Report on vaccination in Madras 1877-1894 - 1877-1894
Year: 1877
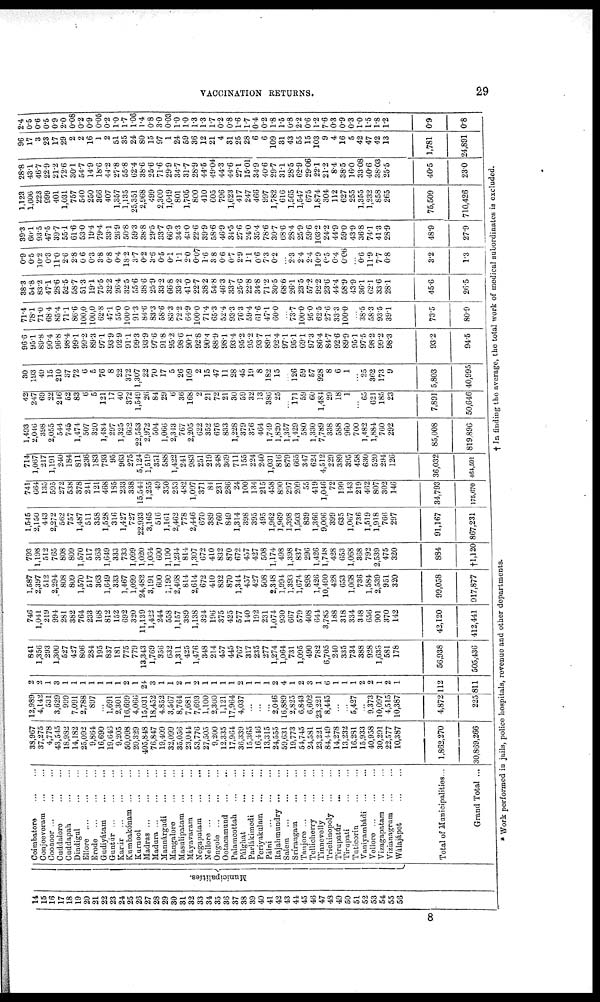
VACCINATION RETURNS.
29
14
15
16
17
18
19
20
21
22
23
24
25
26
27
28
29
30
31
32
33
34
35
36
37
38
39
40
41
42
43
44
45
46
47
48
49
50
51
52
53
54
55
56
Municipalities.
Coimbatore
...
...
Conjeeveram
...
...
Coonoor
...
...
...
Cuddalore
...
...
Cuddapah ... ...
Dindigul
...
...
Ellore
...
...
...
Erode
...
...
...
Gudiyátam
...
...
Guntúr
...
...
...
Karúr
...
...
...
Kumbakónam
...
...
Kurnool
...
...
Madras
...
...
...
Madura
...
...
...
Mannárgudi ... ...
Mangalore
...
...
Masulipatam ... ...
Máyavaram
...
...
Negapatam
...
...
Nellore
...
...
...
Ongole
...
...
...
Ootacamund
...
...
Palamcottah
...
...
Pálghat
...
...
Parlákimodi
...
...
Periyakulam
...
...
Pálni
...
...
...
Rajahmuudry
...
...
Salem
...
...
...
Srírangam
...
...
Tanjore ...
...
...
Tellicherry
...
...
Tinnevelly ... ...
Trichinopoly ... ...
Tirupatúr
...
...
Tirupati ... ...
Tuticorin ... ...
Vaniyambádi ... ...
Vellore
...
...
...
Vizagapatam
...
...
Vizianagrum ... ...
Wálajápet
...
...
Total of Municipalities...
Grand Total ...
38,967
37,275
4,778
43,545
18,982
14,182
25,092
9,864
16,690
19,646
9,205
50,098
20,329
405,848
76,847
19,409
32,099
35,056
23,044
53,776
27,505
9,200
12,335
17,964
36,339
15,365
16,446
13,315
24,555
59,631
19,773
54,745
24,581
23,221
84,449
14,278
13,232
16,281
15,933
40,958
30,291
22,577
10,387
1,862,270
30,869,266
12,989
4,142
531
3,629
999
7,091
2,788
897
...
1,691
2,301
16,699
4,066
15,031
18,452
4,852
3,567
8,764
7,681
7,693
1,100
2,300
1,121
17,964
4,037
...
...
...
2,046
16,889
2,825
6,843
6,602
23,221
8,445
...
...
5,427
...
9,373
10,097
4,515
10,387
4,872
225
2
2
1
3
1
1
1
1
1
1
1
2
1
24
3
1
1
2
1
2
1
1
1
1
2
1
1
1
2
4
1
2
3
1
6
1
1
1
2
2
1
2
1
112
811
841
1,356
293
1,300
527
427
806
284
195
837
181
775
779
13,343
1,769
356
632
1,311
425
1,476
348
214
457
445
767
317
235
277
1,274
1,064
731
1,095
490
782
6,705
240
335
734
388
928
1,638
581
178
56,938
505,436
746
1,041
219
994
281
382
764
233
168
812
152
692
320
11,139
1,422
244
558
1,157
389
1,138
324
196
375
425
577
140
192
231
1,074
930
667
579
408
644
3,785
188
318
334
348
656
901
370
142
42,120
412,441
1,587
2,397
512
2,294
808
809
1,570
517
363
1,649
333
1,467
1,099
24,482
3,191
600
1,190
2,468
814
2,614
672
410
832
870
1,344
457
427
508
2,348
1,994
1,393
1,674
898
1,426
10,490
428
653
1,068
736
1,584
2,539
951
320
99,058
917,877
793
1,198
512
765
808
809
1,570
517
363
1,649
333
733
1,099
1,020
1,064
600
1,190
1,234
814
1,307
672
410
832
870
672
457
427
508
1,174
498
1,398
837
296
1,426
1,748
428
653
1,068
368
792
2,539
475
320
884
†1,120
1,545
2,150
443
2,272
562
757
1,487
511
358
1,528
316
1,427
727
22,933
3,165
516
1,161
2,462
778
2,446
670
389
760
849
1,314
398
395
495
1,962
1,969
1,398
1,503
839
1,366
9,006
399
635
1,067
736
1,519
1,918
766
297
91,167
867,231
741
664
135
595
272
538
378
241
121
468
185
233
338
15,544
1,255
49
350
253
482
1,097
371
84
231
286
24
100
134
215
458
890
297
209
55
419
1,046
72
199
143
219
462
807
302
146
34,793
175,670
714
1,067
217
1,191
240
184
811
236
183
793
95
963
275
5,124
1,519
351
588
1,422
241
983
251
219
348
369
711
155
224
240
1,031
816
879
665
347
624
4,512
229
389
395
458
630
520
294
126
36,032
454,591
1,493
2,046
398
2,055
544
745
1,474
507
320
1,484
297
1,325
662
22,553
2,972
504
1,066
2,343
767
2,205
622
352
676
833
1,228
379
376
464
1,749
1,820
1,357
1,429
580
1,330
7,789
338
588
960
700
1,482
1,884
760
292
85,008
819,896
42
247
69
22
246
52
83
6
5
121
17
40
372
1,549
26
84
29
6
36
168
2
21
72
21
30
59
32
13
386
25
...
171
59
60
1,484
29
18
1
...
65
621
185
23
7,891
50,646
30
193
49
15
210
37
72
6
5
76
8
22
372
1,307
22
70
17
5
26
109
2
15
47
11
28
45
19
8
182
15
...
126
59
57
928
8
6
1
...
25
362
173
9
5,803
40,995
96.6
95.1
89.8
90.4
96.8
98.4
99.1
99.2
89.3
97.1
93.9
92.9
91.1
99.3
93.9
97.6
91.8
95.2
98.6
90.1
92.8
90.4
88.9
98.1
93.4
95.2
95.2
93.7
89.1
92.4
97.1
95.1
69.1
97.3
86.4
84.7
92.6
89.9
95.1
97.5
98.2
99.2
98.3
93.2
94.5
71.4
78.1
71.0
68.4
85.4
71.1
86.6
100,0
100,0
62.8
47.1
55.0
100.0
91.3
84.6
83.3
58.6
83.3
72.2
64.9
100.0
71.4
65.3
52.4
93.3
76.3
59.4
61.6
47.1
60.0
...
73.7
100.0
95.0
62.5
27.6
33.3
100.0
...
38.5
58.3
93.5
39.1
73.5
80.9
38.3
54.8
83.2
47.1
28.6
52.5
58.7
51.3
19.1
75.5
32.2
26.4
32.5
55.6
38.6
25.9
33.2
66.8
33.2
41.0
22.7
38.2
54.8
46.3
33.7
25.6
22.8
34.8
71.2
30.5
68.6
26.1
23.5
57.2
92.2
23.6
44.4
58.9
43.9
36.1
62.1
33.6
28.1
45.6
26.5
0.9
0.5
10.2
0.3
11.0
2.6
2.8
0.6
0.3
3.8
0.8
0.4
18.2
3.7
0.2
3.6
0.5
0.1
1.1
2.0
0.07
1.6
3.8
0.6
0.7
2.9
1.1
0.6
7.3
0.2
...
2.3
2.4
2.4
10.9
0.5
0.4
0.06
...
0.6
11.9
7.7
0.8
3.2
1.3
39.3
60.1
93.5
47.5
39.7
55.1
61.6
53.0
19.4
79.4
33.1
26.9
50.8
59.3
38.8
29.5
33.7
66.9
34.3
43.0
22.6
39.9
58.6
46.9
34.5
27.6
24.0
35.4
78.6
30.7
68.6
28.4
25.9
59.6
103.2
24.2
44.9
59.0
43.9
36.8
74.1
41.3
28.9
48.9
27.9
1,123
1,606
223
999
401
1,031
757
540
250
366
407
1,357
1,135
25,351
2,968
499
2,300
1,049
801
1,705
800
410
605
796
1,623
417
247
466
997
1,782
616
1,565
1,547
675
1,874
304
112
627
255
1,355
1,232
858
265
75,509
710,426
28.8
43.1
46.7
22.9
21.2
72.6
30.1
54.7
14.9
18.6
44.2
27.8
55.8
62.4
38.6
25.6
71.6
29.9
34.7
31.7
28.9
44.5
49.04
44.3
44.6
27.1
15.01
34.9
40.6
29.7
31.1
28.5
62.9
29.06
22.1
21.2
8.4
38.5
16.0
33.08
40.6
38.03
25.5
40.5
23.0
96
17
3
23
17
29
2
2
16
1
2
51
35
24
80
15
97
1
24
59
36
12
21
4
31
25
28
6
6
109
31
43
55
15
103
9
4
16
5
42
47
42
13
1,781
24,891
2.4
0.5
0.6
0.5
0.9
2.0
0.08
0.2
0.9
0.05
0.2
1.0
1.7
1.06
1.4
0.8
3.0
0.03
1.0
1.0
1.3
1.3
1.7
0.2
0.8
1.6
1.7
0.4
0.2
1.8
1.5
0.8
2.2
0.6
1.2
7.6
0.3
0.9
0.3
1.0
1.5
1.8
1.2
0.9
0.8
* Work performed in jails, police hospitals, revenue and other departments.
† In finding the average, the total work of medical subordinates is excluded.
8